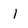
Character: I